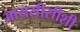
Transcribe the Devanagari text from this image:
आयसीसीशी